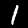
Label: 1